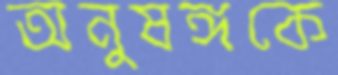
অনুষঙ্গকে